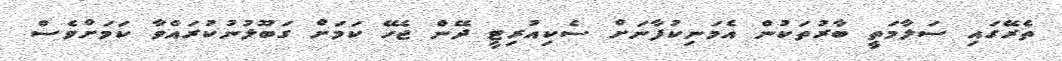
ތެރޭގައި ސަލާމަތީ ބާރުތަކުން އެމަނިކުފާނަށް ސެކިއުރިޓީ ދޭން ޖެހޭ ކަމަށް ގަބޫލުނުކުރައްވާ ކަމަށްވެސް